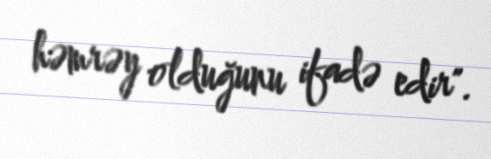
həmrəy olduğunu ifadə edir".